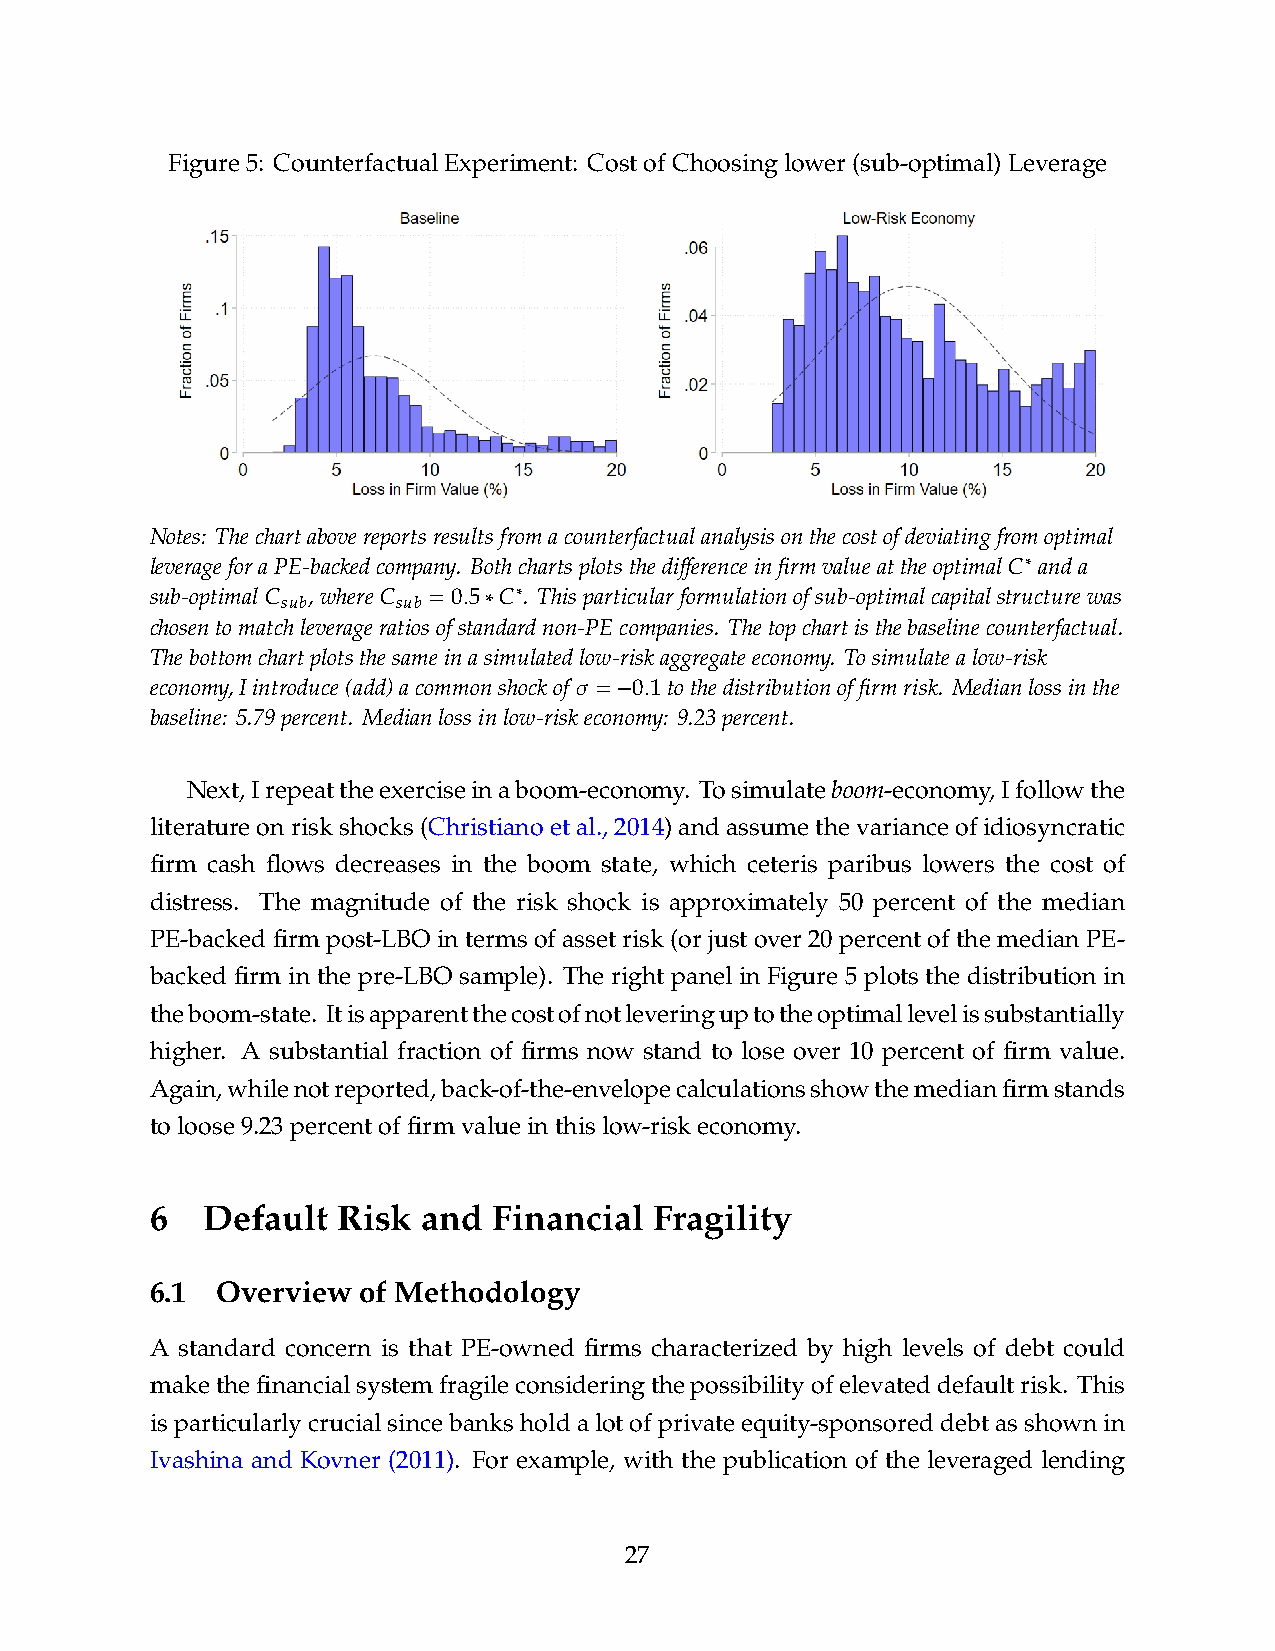
Figure5: CounterfactualExperiment: CostofChoosinglower(sub-optimal)Leverage
 Notes: Thechartabovereportsresultsfromacounterfactualanalysisonthecostofdeviatingfromoptimal
 leverageforaPE-backedcompany.
 Bothchartsplotsthedifferenceinfirmvalueattheoptimal𝐶∗
 anda
 sub-optimal𝐶 𝑠𝑢𝑏,where𝐶 𝑠𝑢𝑏 = 0. 5∗𝐶∗ . Thisparticularformulationofsub-optimalcapitalstructurewas
 chosentomatchleverageratiosofstandardnon-PEcompanies. Thetopchartisthebaselinecounterfactual.
 Thebottomchartplotsthesameinasimulatedlow-riskaggregateeconomy. Tosimulatealow-risk
 economy,Iintroduce(add)acommonshockof 𝜎 = − 0. 1tothedistributionoffirmrisk. Medianlossinthe
 baseline: 5.79percent. Medianlossinlow-riskeconomy: 9.23percent.
 Next,Irepeattheexerciseinaboom-economy. Tosimulateboom-economy,Ifollowthe
 literatureonriskshocks(Christianoetal.,2014)andassumethevarianceofidiosyncratic
 firm cash flows decreases in the boom state, which ceteris paribus lowers the cost of
 distress. The magnitude of the risk shock is approximately 50 percent of the median
 PE-backed firm post-LBO in termsof asset risk (or just over 20 percent ofthe median PE-
 backed firm in the pre-LBO sample). The right panel in Figure 5 plots the distribution in
 theboom-state. Itisapparentthecostofnotleveringuptotheoptimallevelissubstantially
 higher. A substantial fraction of firms now stand to lose over 10 percent of firm value.
 Again,whilenotreported,back-of-the-envelopecalculationsshowthemedianfirmstands
 toloose9.23percentoffirmvalueinthislow-riskeconomy.
 6  Default  Risk  and  Financial Fragility
 6.1 Overview  of Methodology
 A standard concern is that PE-owned firms characterized by high levels of debt could
 makethefinancialsystemfragileconsideringthepossibilityofelevateddefaultrisk. This
 isparticularlycrucialsincebanksholdalotofprivateequity-sponsoreddebtasshownin
 Ivashina and Kovner (2011). For example, with the publication of the leveraged lending
 27